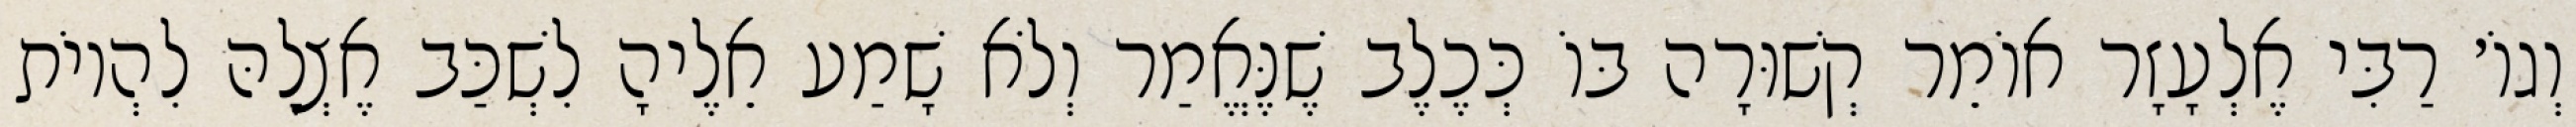
וְגוֹ׳ רַבִּי אֶלְעָזָר אוֹמֵר קְשׁוּרָה בּוֹ כְּכֶלֶב שֶׁנֶּאֱמַר וְלֹא שָׁמַע אֵלֶיהָ לִשְׁכַּב אֶצְלָהּ לִהְיוֹת